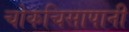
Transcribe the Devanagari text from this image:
चोकचिसापानी